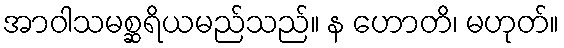
အာဝါသမစ္ဆရိယမည်သည်။ န ဟောတိ၊ မဟုတ်။